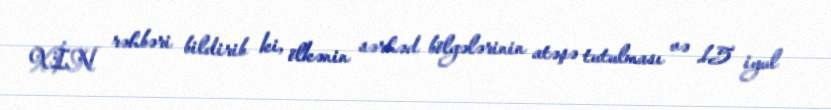
XİN rəhbəri bildirib ki, ölkənin sərhəd bölgələrinin atəşə tutulması və 15 iyul